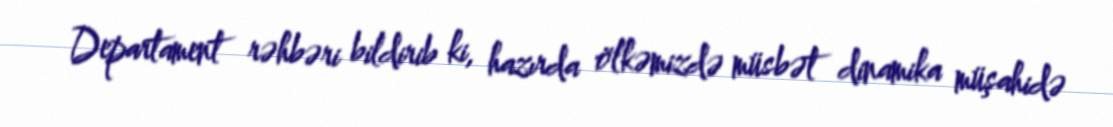
Departament rəhbəri bildirib ki, hazırda ölkəmizdə müsbət dinamika müşahidə